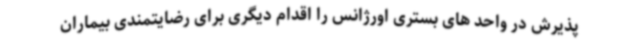
پذیرش در واحد های بستری اورژانس را اقدام دیگری برای رضایتمندی بیماران